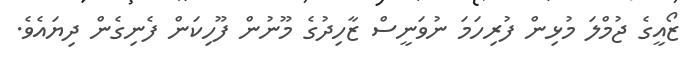
ޒޯއީގެ ޖުމްލަ މުޅިން ފުރިހަމަ ނުވަނީސް ޒާހިދުގެ މޫނުން ފޫހިކަން ފެނިގެން ދިޔައެވެ.